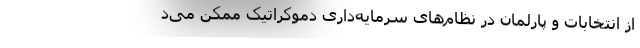
از انتخابات و پارلمان در نظام‌های سرمایه‌داری دموکراتیک ممکن می‌د